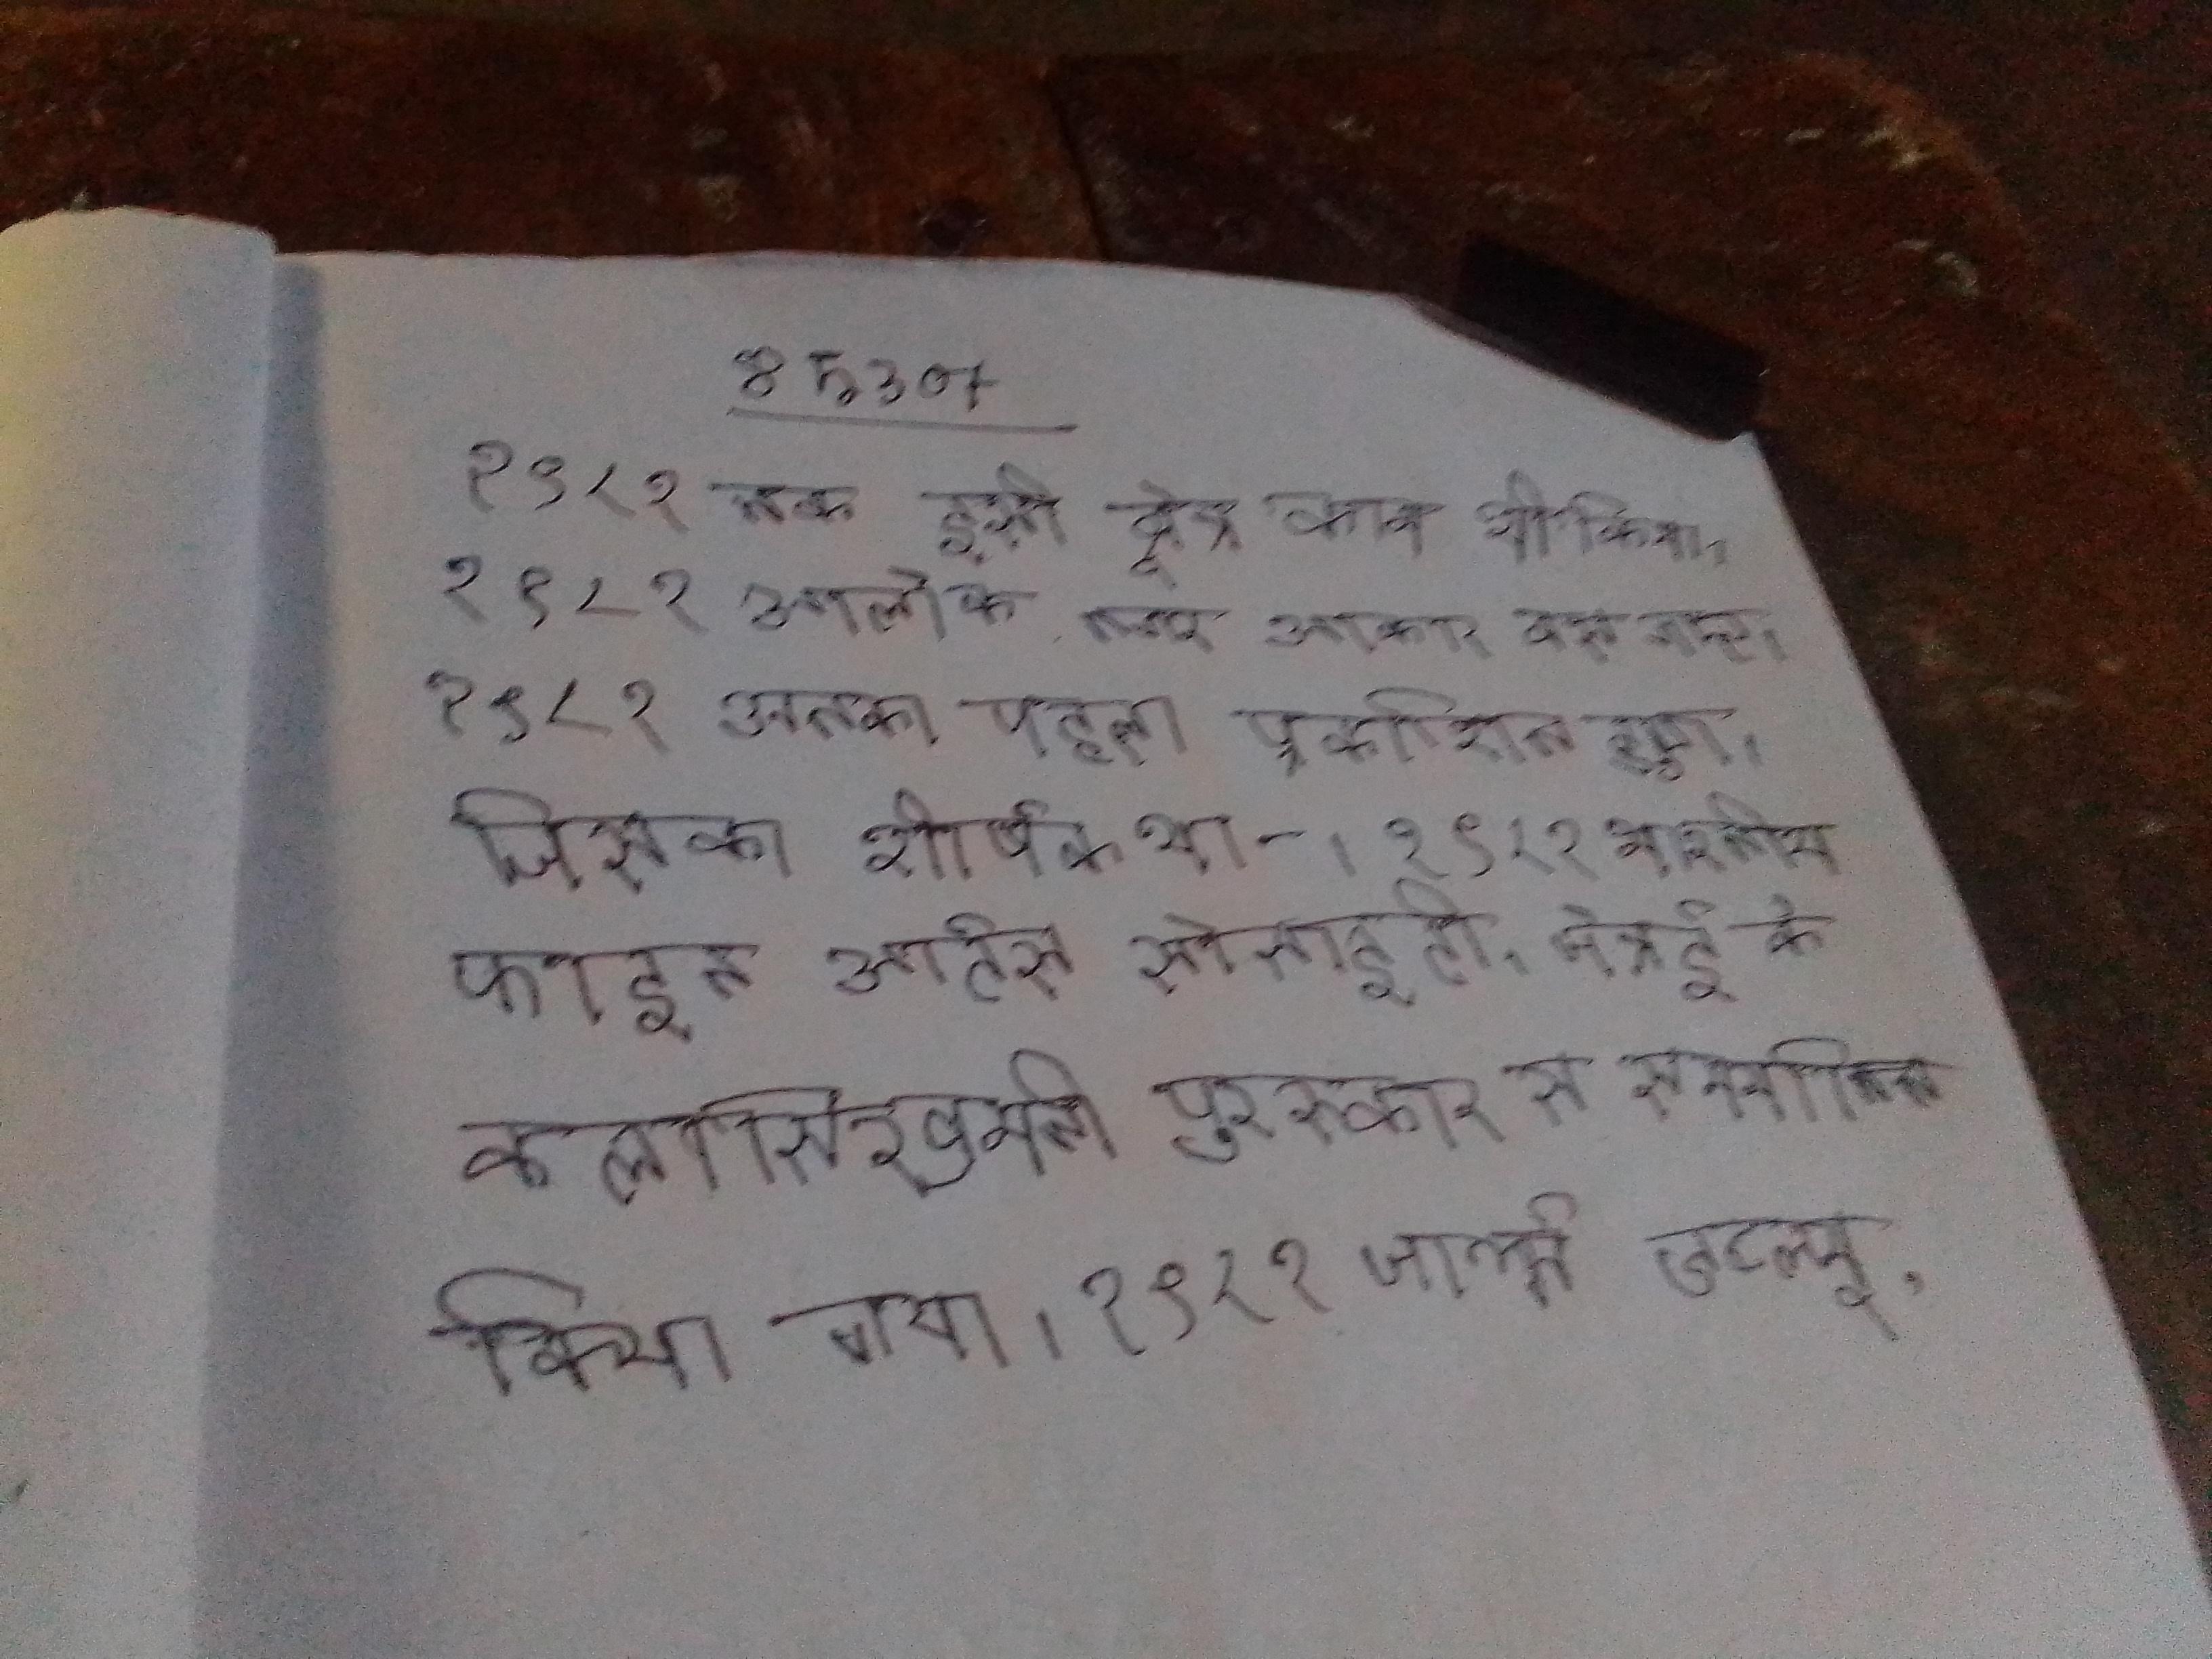
१९८१ तक इसी क्षेत्र काम भी किया । १९८१ आलोक नगर आकर बस गए । १९८१ उनका पहला प्रकाशित हुआ, जिसका शीर्षक था- । १९८१ भारतीय फाइन आर्ट्स सोसाइटी, चेन्नई के कलासिखमनी पुरस्कार से सम्मानित किया गया । १९८१ चार्ल्स डब्ल्यू .